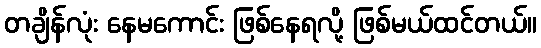
တချိန်လုံး နေမကောင်း ဖြစ်နေရလို့ ဖြစ်မယ်ထင်တယ်။